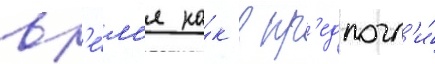
вр'е́м'я ка́к в пр'едпочл'и́